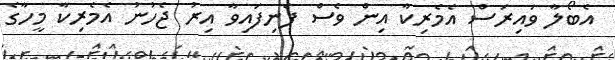
އެބޯލާ ވައިރަސް އެމެރިކާ އިން ވެސް ފެނިފައިވާ އިރު ޖެހުނު އެމެރިކާ މީހާގެ